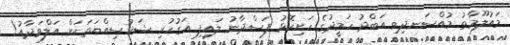
މައުލޫމާތު މުއްސަނދިވި އަބްދު ހަމީދުގެ ހަށިކޮޅު ފަސްދާނު ލައިފި އަގުހުރި ޝަޚުސިއްޔަތަކަށް އަލްވަދާއު!